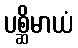
ပစ္ဆိမာယံ